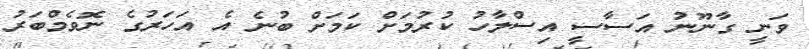
ވަނީ ގާނޫނު އަސާސީ އިސްލާހު ކުރުމަށް ކަމަށް ބުނެ އެ އަހަރުގެ ނޮވެމްބަރު